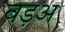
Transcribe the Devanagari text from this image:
वड़अ